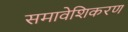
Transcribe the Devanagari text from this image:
समावेशिकरण